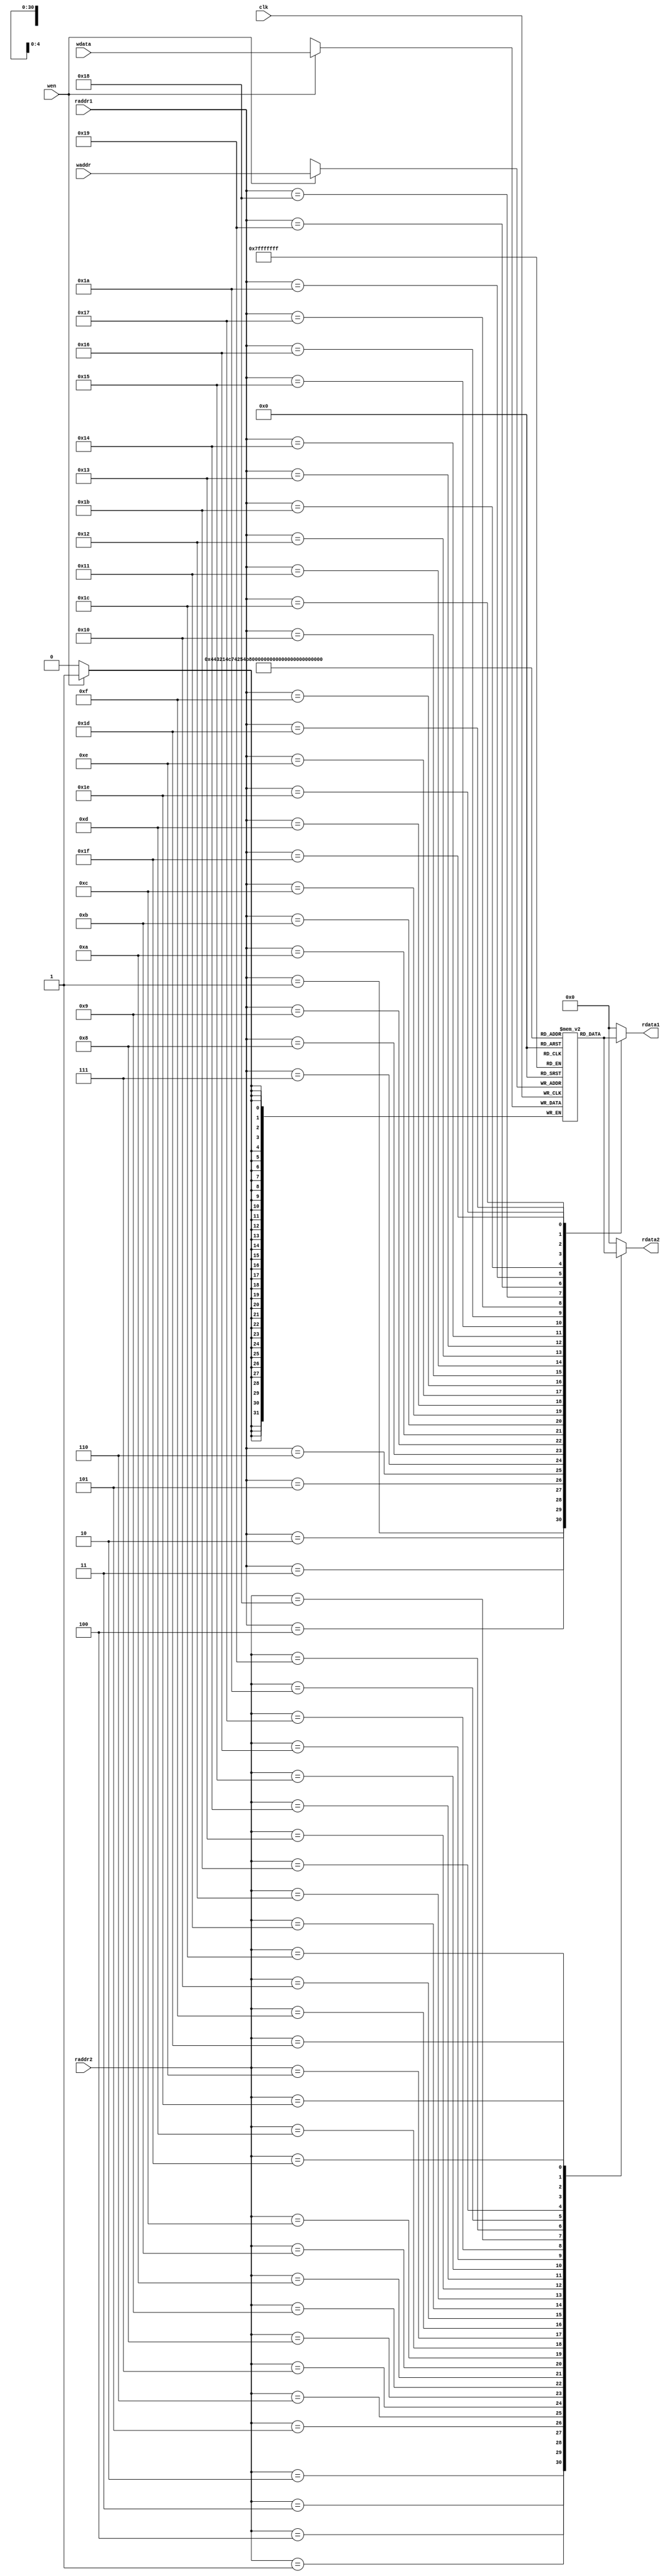
`timescale 1ns / 1ps
module regfile(
    input             clk,
    input             wen,
    input      [4 :0] raddr1,
    input      [4 :0] raddr2,
    input      [4 :0] waddr,
    input      [31:0] wdata,
    output reg [31:0] rdata1,
    output reg [31:0] rdata2

    );
    reg [31:0] rf[31:0];
     


    always @(posedge clk)
    begin
        if (wen) 
        begin
            rf[waddr] <= wdata;
        end
    end
    always @(*)
    begin
        case (raddr1)
            5'd1 : rdata1 <= rf[1 ];
            5'd2 : rdata1 <= rf[2 ];
            5'd3 : rdata1 <= rf[3 ];
            5'd4 : rdata1 <= rf[4 ];
            5'd5 : rdata1 <= rf[5 ];
            5'd6 : rdata1 <= rf[6 ];
            5'd7 : rdata1 <= rf[7 ];
            5'd8 : rdata1 <= rf[8 ];
            5'd9 : rdata1 <= rf[9 ];
            5'd10: rdata1 <= rf[10];
            5'd11: rdata1 <= rf[11];
            5'd12: rdata1 <= rf[12];
            5'd13: rdata1 <= rf[13];
            5'd14: rdata1 <= rf[14];
            5'd15: rdata1 <= rf[15];
            5'd16: rdata1 <= rf[16];
            5'd17: rdata1 <= rf[17];
            5'd18: rdata1 <= rf[18];
            5'd19: rdata1 <= rf[19];
            5'd20: rdata1 <= rf[20];
            5'd21: rdata1 <= rf[21];
            5'd22: rdata1 <= rf[22];
            5'd23: rdata1 <= rf[23];
            5'd24: rdata1 <= rf[24];
            5'd25: rdata1 <= rf[25];
            5'd26: rdata1 <= rf[26];
            5'd27: rdata1 <= rf[27];
            5'd28: rdata1 <= rf[28];
            5'd29: rdata1 <= rf[29];
            5'd30: rdata1 <= rf[30];
            5'd31: rdata1 <= rf[31];
            default : rdata1 <= 32'd0;
        endcase
    end
    always @(*)
    begin
        case (raddr2)
            5'd1 : rdata2 <= rf[1 ];
            5'd2 : rdata2 <= rf[2 ];
            5'd3 : rdata2 <= rf[3 ];
            5'd4 : rdata2 <= rf[4 ];
            5'd5 : rdata2 <= rf[5 ];
            5'd6 : rdata2 <= rf[6 ];
            5'd7 : rdata2 <= rf[7 ];
            5'd8 : rdata2 <= rf[8 ];
            5'd9 : rdata2 <= rf[9 ];
            5'd10: rdata2 <= rf[10];
            5'd11: rdata2 <= rf[11];
            5'd12: rdata2 <= rf[12];
            5'd13: rdata2 <= rf[13];
            5'd14: rdata2 <= rf[14];
            5'd15: rdata2 <= rf[15];
            5'd16: rdata2 <= rf[16];
            5'd17: rdata2 <= rf[17];
            5'd18: rdata2 <= rf[18];
            5'd19: rdata2 <= rf[19];
            5'd20: rdata2 <= rf[20];
            5'd21: rdata2 <= rf[21];
            5'd22: rdata2 <= rf[22];
            5'd23: rdata2 <= rf[23];
            5'd24: rdata2 <= rf[24];
            5'd25: rdata2 <= rf[25];
            5'd26: rdata2 <= rf[26];
            5'd27: rdata2 <= rf[27];
            5'd28: rdata2 <= rf[28];
            5'd29: rdata2 <= rf[29];
            5'd30: rdata2 <= rf[30];
            5'd31: rdata2 <= rf[31];
            default : rdata2 <= 32'd0;
        endcase
    end
endmodule